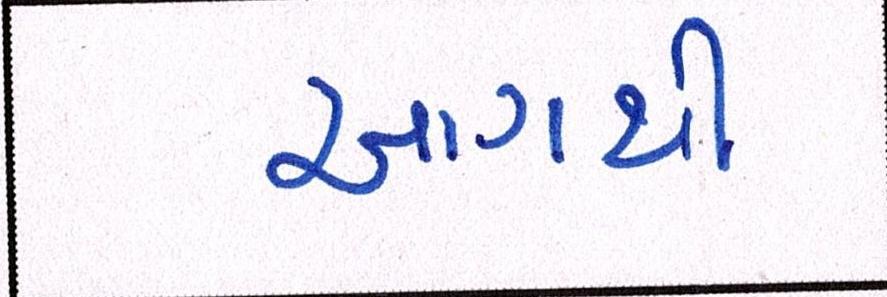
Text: આગથી